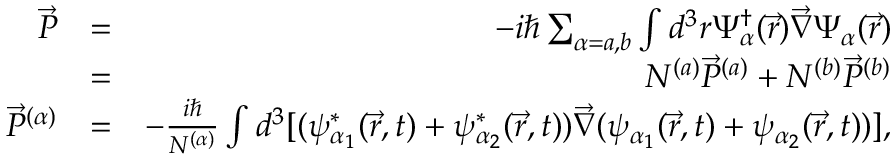
\begin{array} { r l r } { \vec { P } } & { = } & { - i \hbar \sum _ { \alpha = a , b } \int d ^ { 3 } r \Psi _ { \alpha } ^ { \dagger } ( \vec { r } ) \vec { \nabla } \Psi _ { \alpha } ( \vec { r } ) } \\ & { = } & { N ^ { ( a ) } \vec { P } ^ { ( a ) } + N ^ { ( b ) } \vec { P } ^ { ( b ) } } \\ { \vec { P } ^ { ( \alpha ) } } & { = } & { - \frac { i \hbar } { N ^ { ( \alpha ) } } \int d ^ { 3 } [ ( \psi _ { \alpha _ { 1 } } ^ { * } ( \vec { r } , t ) + \psi _ { \alpha _ { 2 } } ^ { * } ( \vec { r } , t ) ) \vec { \nabla } ( \psi _ { \alpha _ { 1 } } ( \vec { r } , t ) + \psi _ { \alpha _ { 2 } } ( \vec { r } , t ) ) ] , } \end{array}